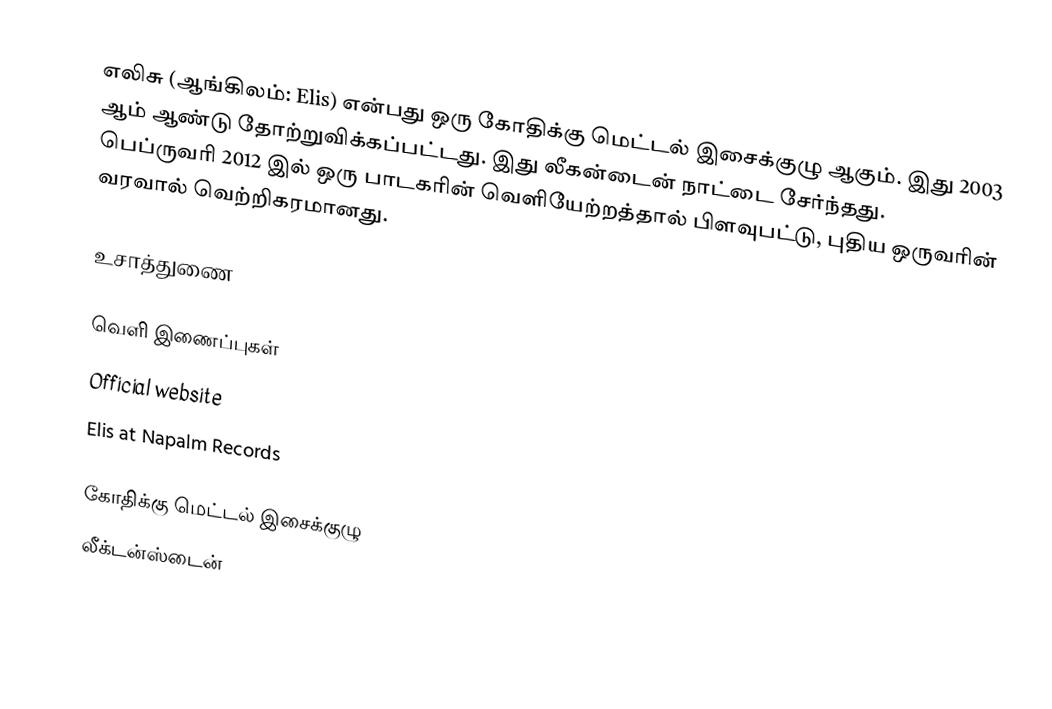
எலிசு (ஆங்கிலம்: Elis) என்பது ஒரு கோதிக்கு மெட்டல் இசைக்குழு ஆகும். இது 2003 ஆம் ஆண்டு தோற்றுவிக்கப்பட்டது. இது லீகன்டைன் நாட்டை சேர்ந்தது. பெப்ருவரி 2012 இல் ஒரு பாடகரின் வெளியேற்றத்தால் பிளவுபட்டு, புதிய ஒருவரின் வரவால் வெற்றிகரமானது.

உசாத்துணை

வெளி இணைப்புகள்
Official website
Elis  at Napalm Records

கோதிக்கு மெட்டல் இசைக்குழு
லீக்டன்ஸ்டைன்